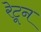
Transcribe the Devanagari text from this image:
रेटून